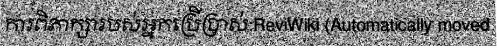
ការពិភាក្សារបស់អ្នកប្រើប្រាស់:ReviWiki (Automatically moved